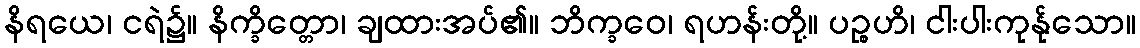
နိရယေ၊ ငရဲ၌။ နိက္ခိတ္တော၊ ချထားအပ်၏။ ဘိက္ခဝေ၊ ရဟန်းတို့။ ပဉ္စဟိ၊ ငါးပါးကုန်ုသော။